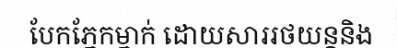
បែកភ្នែកម្នាក់ ដោយសាររថយន្តនិង